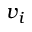
v _ { i }